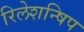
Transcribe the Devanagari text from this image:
रिलेशन्षिप